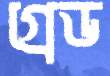
গ্রেড